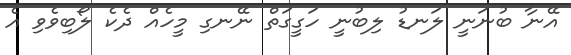
އޭނާ ބުނަނީ ލަނޑު ލިބުނީ ހަގީގަތް ނޭނގި މީހެއް ދެކެ ލޯބިވެވި އެ